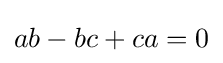
ab-bc+ca=0